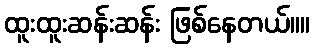
ထူးထူးဆန်းဆန်း ဖြစ်နေတယ်။။